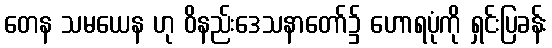
တေန သမယေန ဟု ဝိနည်းဒေသနာတော်၌ ဟောရပုံကို ရှင်းပြခန်း